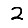
Digit: 2